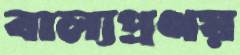
বাল্যপ্রণয়